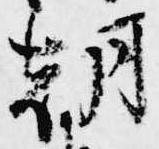
朝